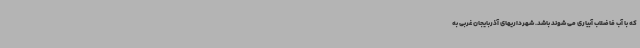
که با آب فاضلاب آبیاری می شوند باشد. شهرداریهای آذربایجان غربی به